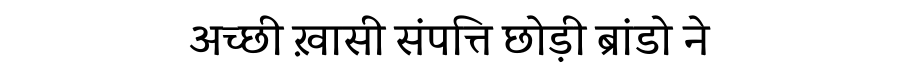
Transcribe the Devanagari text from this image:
अच्छी ख़ासी संपत्ति छोड़ी ब्रांडो ने